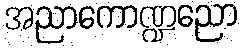
အညာကောဏ္ဍညော